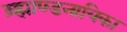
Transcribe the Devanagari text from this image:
ब्र्ह्माण्डनायिका